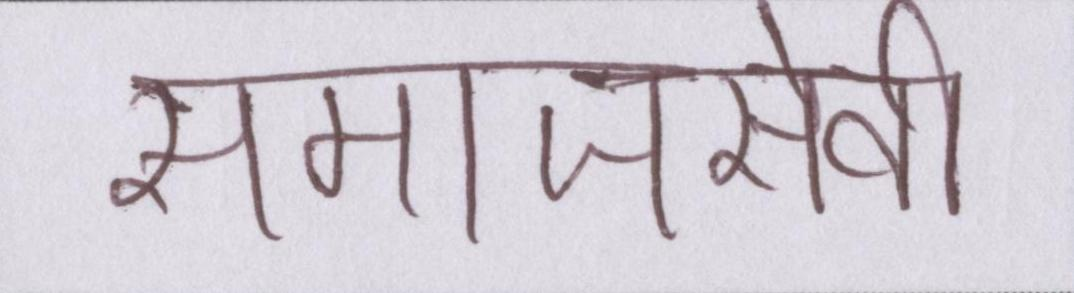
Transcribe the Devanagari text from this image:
समाजसेवी